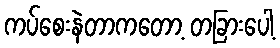
ကပ်စေးနဲတာကတော့ တခြားပေါ့